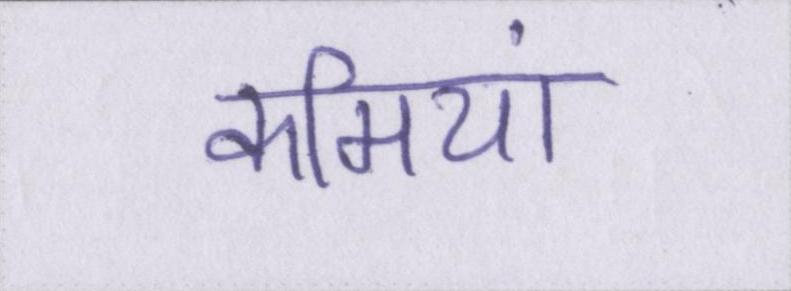
कमियां